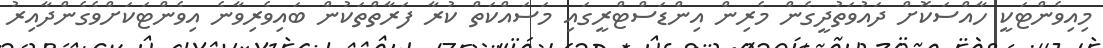
މިއިވެންޓަކީ ހާއްސަކޮށް ދައުވަތުދީގެން މެރިން އިންޑަސްޓްރީގައި މަސައްކަތް ކުރާ ފަރާތްތަކުން ބައިވެރިވާނެ އިވެންޓަކަށްވެގެންދާއިރު